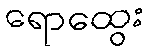
ရောထွေး